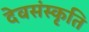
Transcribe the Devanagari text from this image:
देवसंस्कृति